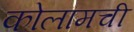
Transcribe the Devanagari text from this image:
कोलामची